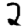
Digit: 2